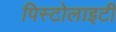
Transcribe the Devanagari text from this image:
पिस्टोलाइटी